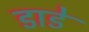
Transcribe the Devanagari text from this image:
डाडे